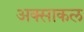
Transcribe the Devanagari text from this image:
अक्साकल